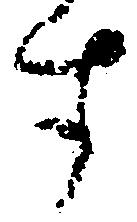
す